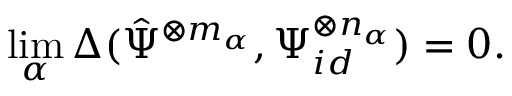
\operatorname* { l i m } _ { \alpha } \Delta ( { \hat { \Psi } } ^ { \otimes m _ { \alpha } } , \Psi _ { i d } ^ { \otimes n _ { \alpha } } ) = 0 .